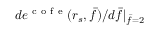
d e ^ { \mathrm { ~ c ~ o ~ f ~ e ~ } } ( r _ { s } , \bar { f } ) / d \bar { f } | _ { \bar { f } = 2 }